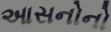
આસનોનો